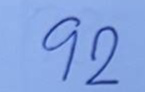
92